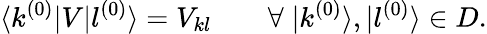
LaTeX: \langle k^{(0)}|V|l^{(0)}\rangle=V_{kl}\qquad\forall\; |k^{(0)}\rangle,|l^{(0)}\rangle\in D.